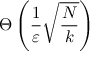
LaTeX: \Theta \left( { \frac { 1 } { \varepsilon } } { \sqrt { \frac { N } { k } } } \right)